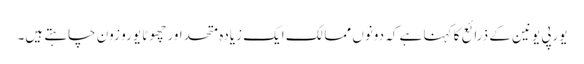
یورپی یونین کے ذرائع کا کہنا ہے کہ دونوں ممالک ایک زیادہ متحد اور چھوٹا یورو زون چاہتے ہیں۔